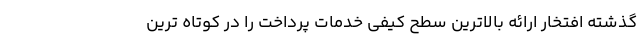
گذشته افتخار ارائه بالاترین سطح کیفی خدمات پرداخت را در کوتاه ترین